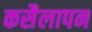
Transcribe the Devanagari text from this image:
कसैलापन